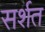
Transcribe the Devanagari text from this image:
सर्शत